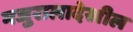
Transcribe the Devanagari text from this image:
मजुरालादेखील